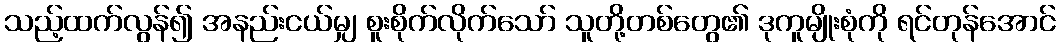
သည့်ထက်လွန်၍ အနည်းငယ်မျှ စူးစိုက်လိုက်သော် သူတို့တစ်တွေ၏ ဒုကူမျိုးစုံကို ရင်တုန်အောင်